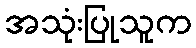
အသုံးပြုသူက